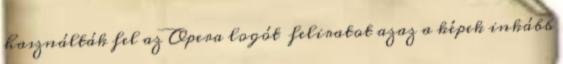
használták fel az Opera logót feliratot azaz a képek inkább